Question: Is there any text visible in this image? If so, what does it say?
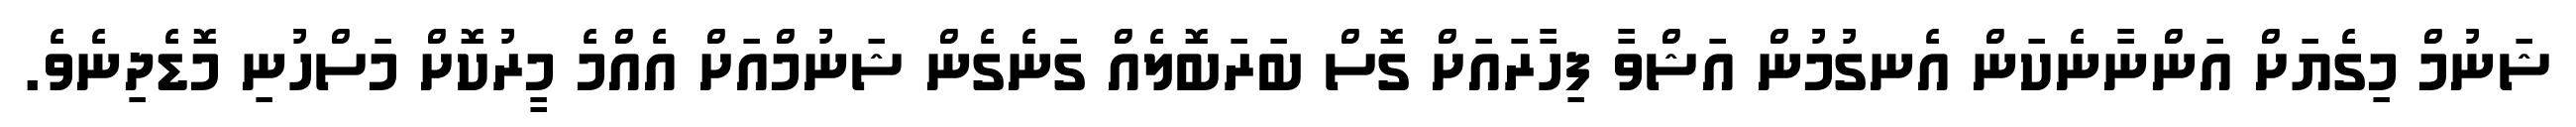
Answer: ޝަނުމް މިގެޔަށް އަންނާނެކަން އެނގުމުން އަޝްވާ ފިހާރައަށް ގޮސް ބަރަބޮލެއް ގަނެގެން ޝަނުމްއަށް އެއްމެ މީރުކޮށް މަސްހުނި މޮޑެދިނެވެ.